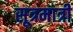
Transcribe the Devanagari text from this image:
सूत्रमात्री